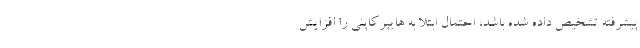
پیشرفته تشخیص داده شده باشد، احتمال ابتلا به هایپرکاپنی را افزایش